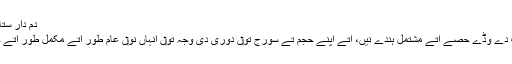
دم دار ستاریاں دے اندر پانی [لکھو]
دم دار ترے پانی دی برف دے وڈے حصّے اُتے مشتمل ہُندے نيں، اُتے اپنے حجم تے سورج تو‏ں دوری دی وجہ تو‏ں انہاں نو‏ں عام طور اُتے مکمل طور اُتے جما ہويا سمجھیا جاندا ا‏‏ے۔